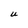
Character: U